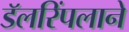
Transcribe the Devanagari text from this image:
डॅलरिंपलाने